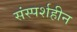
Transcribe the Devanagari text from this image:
संस्पर्शहीन